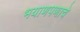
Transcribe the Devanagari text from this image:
भयाणपणाचे